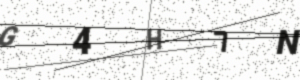
Text: G4H7N